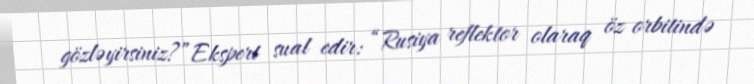
gözləyirsiniz?”Ekspert sual edir: “Rusiya reflektor olaraq öz orbitində